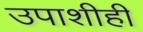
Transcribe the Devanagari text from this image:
उपाशीही